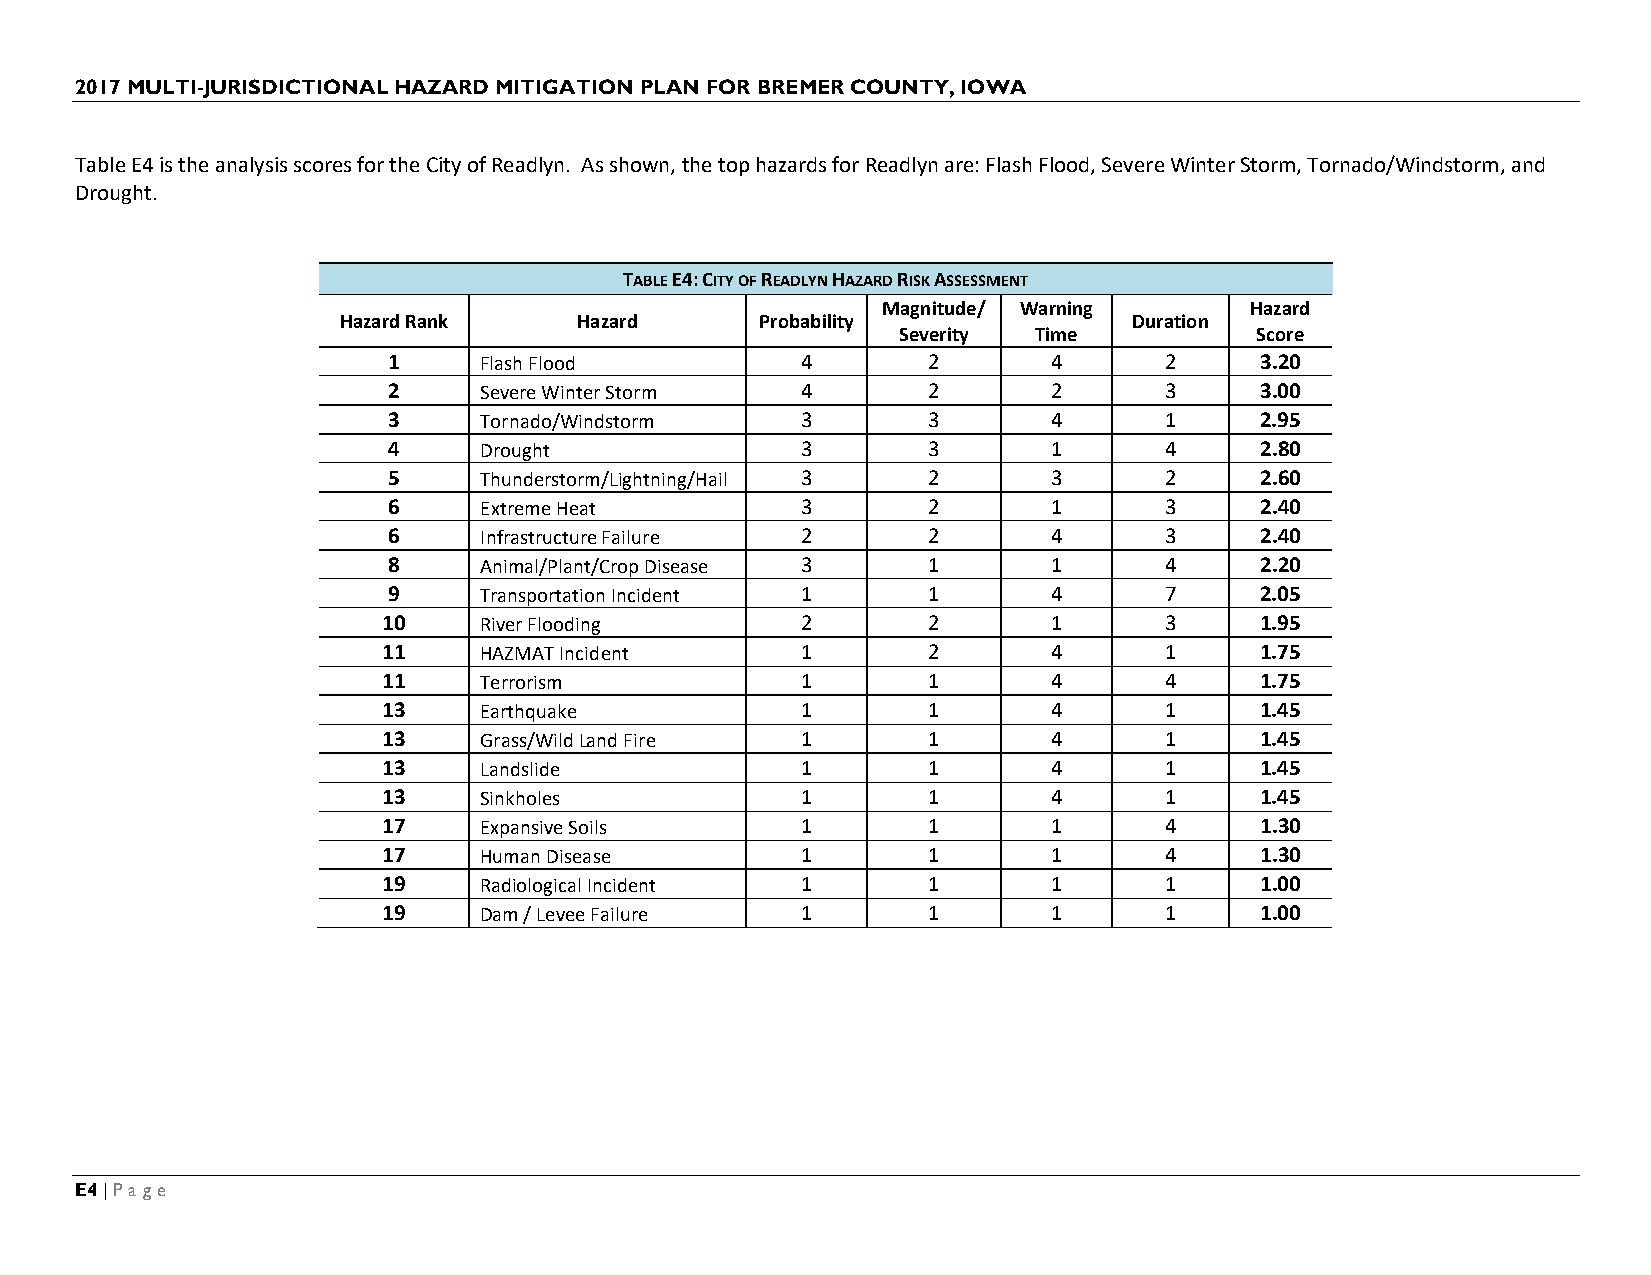
2017 MULTI-JURISDICTIONAL HAZARD MITIGATION PLAN FOR BREMER COUNTY, IOWA
 Table E4 is the analysis scores for the City of Readlyn. As shown, the top hazards for Readlyn are: Flash Flood, Severe Winter Storm, Tornado/Windstorm, and
 Drought.
 TABLE E4: CITY OF READLYN HAZARD RISK ASSESSMENT
 Magnitude/ Warning       Hazard
 Hazard Rank     Hazard      Probability              Duration
 Severity Time           Score
 1     Flash Flood          4       2        4      2     3.20
 2     Severe Winter Storm  4       2        2      3     3.00
 3     Tornado/Windstorm    3       3        4      1     2.95
 4     Drought              3       3        1      4     2.80
 5     Thunderstorm/Lightning/Hail 3 2       3      2     2.60
 6     Extreme Heat         3       2        1      3     2.40
 6     Infrastructure Failure 2     2        4      3     2.40
 8     Animal/Plant/Crop Disease 3  1        1      4     2.20
 9     Transportation Incident 1    1        4      7     2.05
 10     River Flooding       2       2        1      3     1.95
 11     HAZMAT Incident      1       2        4      1     1.75
 11     Terrorism            1       1        4      4     1.75
 13     Earthquake           1       1        4      1     1.45
 13     Grass/Wild Land Fire 1       1        4      1     1.45
 13     Landslide            1       1        4      1     1.45
 13     Sinkholes            1       1        4      1     1.45
 17     Expansive Soils      1       1        1      4     1.30
 17     Human Disease        1       1        1      4     1.30
 19     Radiological Incident 1      1        1      1     1.00
 19     Dam / Levee Failure  1       1        1      1     1.00
 E4 | Page